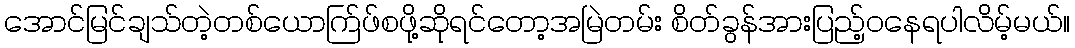
အောင်မြင်ချသ်တဲ့တစ်ယောက်ြဖ်စဖို့ဆိုရင်တော့အမြဲတမ်း စိတ်ခွန်အားပြည့်ဝနေရပါလိမ့်မယ်။